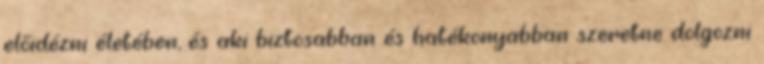
előidézni életében, és aki biztosabban és hatékonyabban szeretne dolgozni